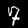
Label: 7